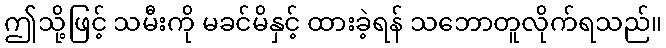
ဤသို့ဖြင့် သမီးကို မခင်မိနှင့် ထားခဲ့ရန် သဘောတူလိုက်ရသည်။